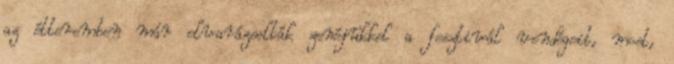
az étteremben már elvarázsolták zenéjükkel a fesztivál vendégeit, most,